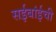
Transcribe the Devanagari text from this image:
सईबांईची